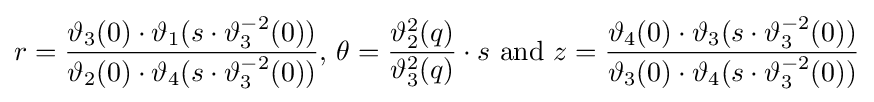
r={\frac {\vartheta _{3}(0)\cdot \vartheta _{1}(s\cdot \vartheta _{3}^{-2}(0))}{\vartheta _{2}(0)\cdot \vartheta _{4}(s\cdot \vartheta _{3}^{-2}(0))}},\,\theta ={\frac {\vartheta _{2}^{2}(q)}{\vartheta _{3}^{2}(q)}}\cdot s{\text{ and }}z={\frac {\vartheta _{4}(0)\cdot \vartheta _{3}(s\cdot \vartheta _{3}^{-2}(0))}{\vartheta _{3}(0)\cdot \vartheta _{4}(s\cdot \vartheta _{3}^{-2}(0))}}